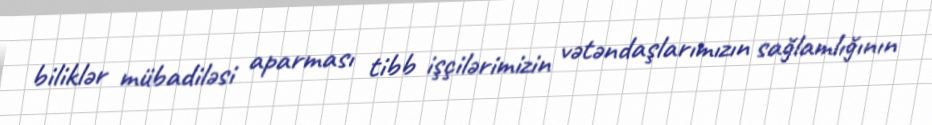
biliklər mübadiləsi aparması tibb işçilərimizin vətəndaşlarımızın sağlamlığının